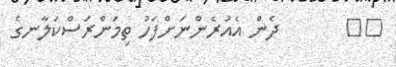
٣١       ދެން އެއުރެންނަށްފަހު ތިމަންރަސްކަލާނގެ